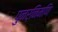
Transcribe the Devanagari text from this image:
पुनर्निमणि